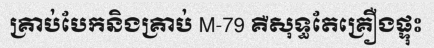
គ្រាប់បែកនិងគ្រាប់ M-79 គឺសុទ្ធតែគ្រឿងផ្ទុះ